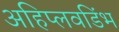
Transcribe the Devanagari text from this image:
अहिप्लवडिंभ